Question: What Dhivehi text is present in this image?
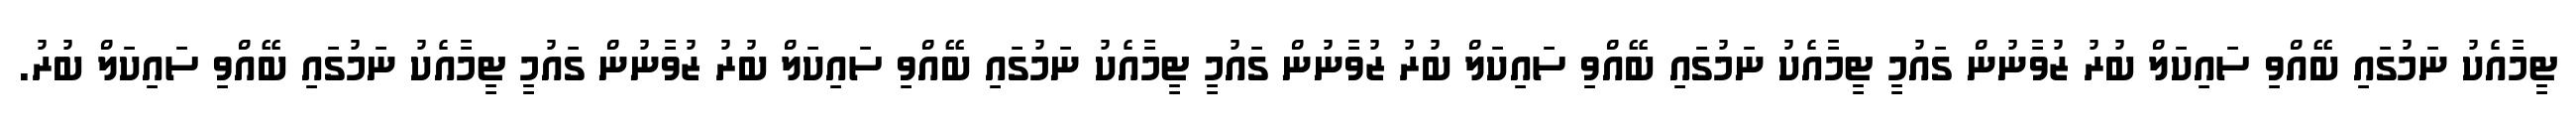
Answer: ޓީމާއެކު ނަމުގައި ބޭއްވި ސައިކަލް ބުރު ޒުވާނުން ގައުމީ ޓީމާއެކު ނަމުގައި ބޭއްވި ސައިކަލް ބުރު ޒުވާނުން ގައުމީ ޓީމާއެކު ނަމުގައި ބޭއްވި ސައިކަލް ބުރު ޒުވާނުން ގައުމީ ޓީމާއެކު ނަމުގައި ބޭއްވި ސައިކަލް ބުރު.